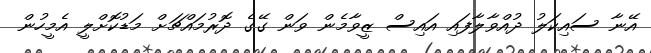
އޭނާ ސައިކަލު ދުއްވާލާފައި އައިސް ޒީވާމެން ވަން ގޭގެ ދޮރުމައްޗަށް މަޑުކޮށްލީ އެމީހުން